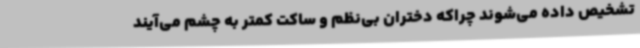
تشخیص داده می‌شوند چراکه دختران بی‌نظم و ساکت کمتر به چشم می‌آیند